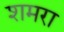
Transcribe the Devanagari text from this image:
शमरा